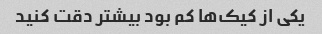
یکی از کیک‌ها کم بود بیشتر دقت کنید